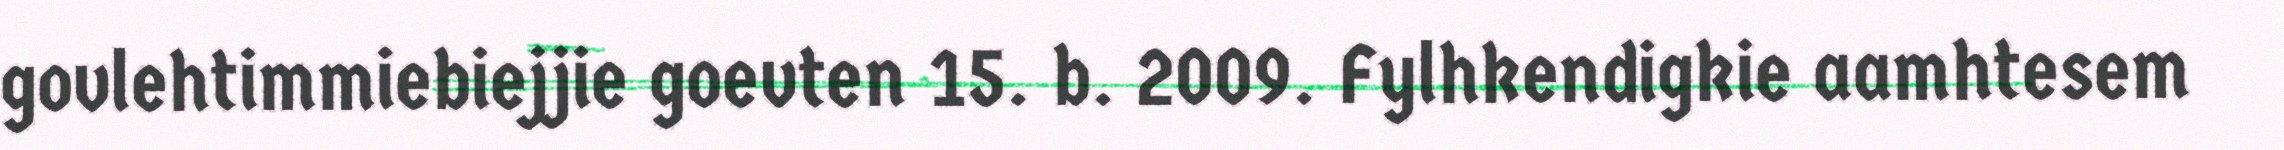
govlehtimmiebiejjie goevten 15. b. 2009. Fylhkendigkie aamhtesem